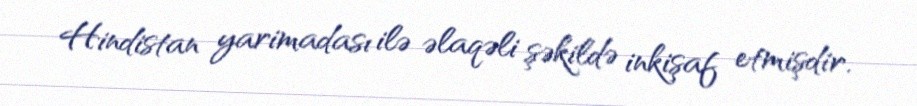
Hindistan yarimadası ilə əlaqəli şəkildə inkişaf etmişdir.